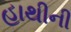
હાથીની